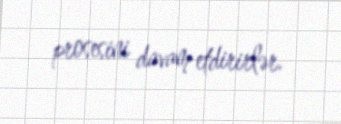
prosesini davam etdirirlər.